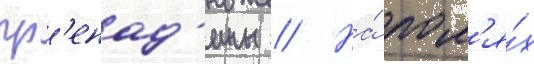
гр'енад'ины // На́ пол'я́х